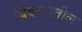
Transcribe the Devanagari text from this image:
बिदररातील